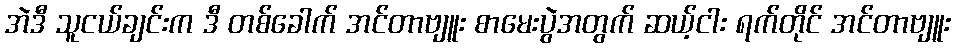
အဲဒီ သူငယ်ချင်းက ဒီ တစ်ခေါက် အင်တာဗျူး စာမေးပွဲအတွက် ဆယ့်ငါး ရက်တိုင် အင်တာဗျူး